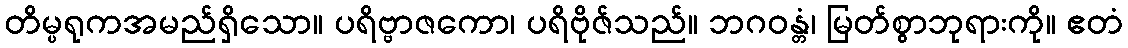
တိမ္ပရုကအမည်ရှိသော။ ပရိဗ္ဗာဇကော၊ ပရိဗိုဇ်သည်။ ဘဂဝန္တံ၊ မြတ်စွာဘုရားကို။ ဧတံ